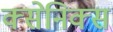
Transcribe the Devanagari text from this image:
क्सेनिक्स